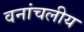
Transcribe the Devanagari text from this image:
वनांचलीय